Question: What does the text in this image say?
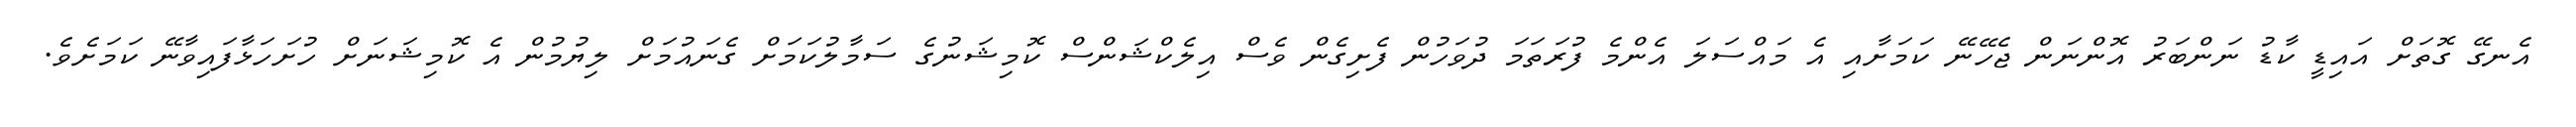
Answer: އެނގޭ ގޮތަށް އައިޑީ ކާޑު ނަންބަރު އޮންނަން ޖެހޭނޭ ކަމަށާއި އެ މައްސަލަ އެންމެ ފުރަތަމަ ދުވަހުން ފެށިގެން ވެސް އިލެކްޝަންސް ކޮމިޝަނުގެ ސަމާލުކަމަށް ގެނައުމަށް ލިޔުމުން އެ ކޮމިޝަނަށް ހުށަހަޅާފައިވާނޭ ކަމަށެވެ.